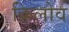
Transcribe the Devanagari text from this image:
क्रिलोव